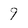
Character: 9